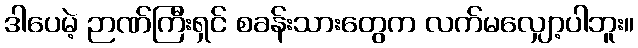
ဒါပေမဲ့ ဉာဏ်ကြီးရှင် စခန်းသားတွေက လက်မလျှော့ပါဘူး။